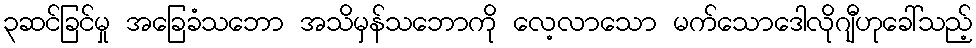
၃ဆင်ခြင်မှု အခြေခံသဘော အသိမှန်သဘောကို လေ့လာသော မက်သောဒေါလိုဂျီဟုခေါ်သည့်